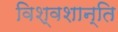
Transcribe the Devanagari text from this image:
विश्वशान्ति